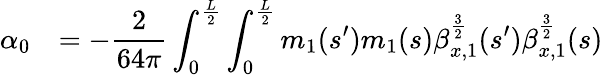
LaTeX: \begin{array}{cl}{\displaystyle\alpha_{0}}&{\displaystyle=-\displaystyle\frac{2}{64\pi}\int_{0}^{\frac{L}{2}}{\int_{0}^{\frac{L}{2}}{m_{1}(s^{\prime})m_{1}(s)\beta_{x,1}^{\frac{3}{2}}(s^{\prime})\beta_{x,1}^{\frac{3}{2}}(s)}}}\end{array}